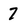
Character: 7